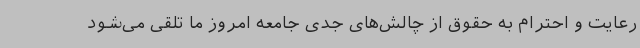
رعایت و احترام به حقوق از چالش‌های جدی جامعه امروز ما تلقی می‌شود